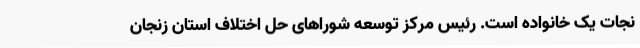
نجات یک خانواده است. رئیس مرکز توسعه شوراهای حل اختلاف استان زنجان